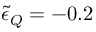
\tilde { \epsilon } _ { Q } = - 0 . 2